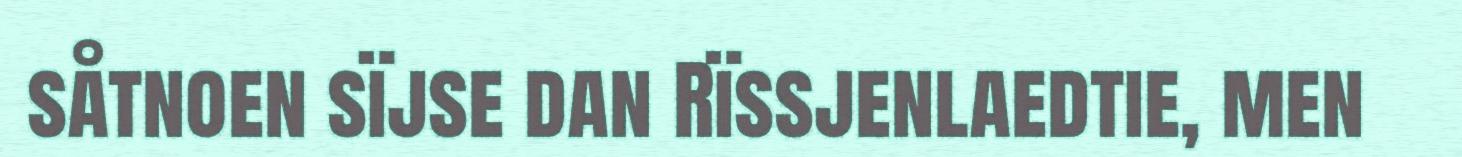
såtnoen sïjse dan Rïssjenlaedtie, men